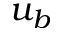
u _ { b }